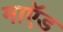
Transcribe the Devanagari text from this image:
माऍड